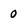
Character: 0